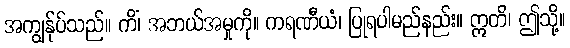
အကျွန်ုပ်သည်။ ကိံ၊ အဘယ်အမှုကို။ ကရဏီယံ၊ ပြုရပါမည်နည်း။ ဣတိ၊ ဤသို့။